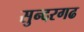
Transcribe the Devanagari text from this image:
सुन्दरगढ